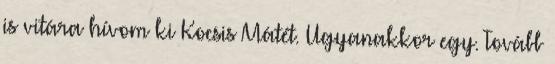
is vitára hívom ki Kocsis Mátét. Ugyanakkor egy. Tovább